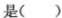
是()